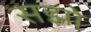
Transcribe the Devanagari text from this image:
सझो